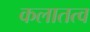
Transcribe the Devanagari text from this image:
कलातत्व